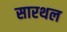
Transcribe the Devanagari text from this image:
सारथल